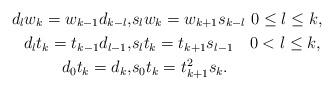
LaTeX: \begin{align*}d_l w_k=w_{k-1}d_{k-l}, &s_l w_k=w_{k+1}s_{k-l} \ 0\leq l\leq k, \\ d_l t_k=t_{k-1}d_{l-1}, &s_l t_k=t_{k+1}s_{l-1} \ \ \ 0<l\leq k, \\ d_0t_k=d_k, &s_0t_k=t_{k+1}^2s_k.\end{align*}